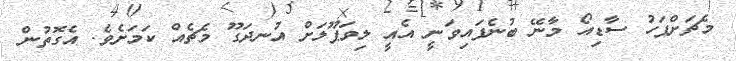
މެޗަށްފަހު ސާޑިއޯ މާނޭ ބުނެފައިވަނީ އެއީ ލިވަޕޫލަށް އުނދަގޫ މެޗެއް ކަމަށެވެ. އެގޮތުން